Language: tamil
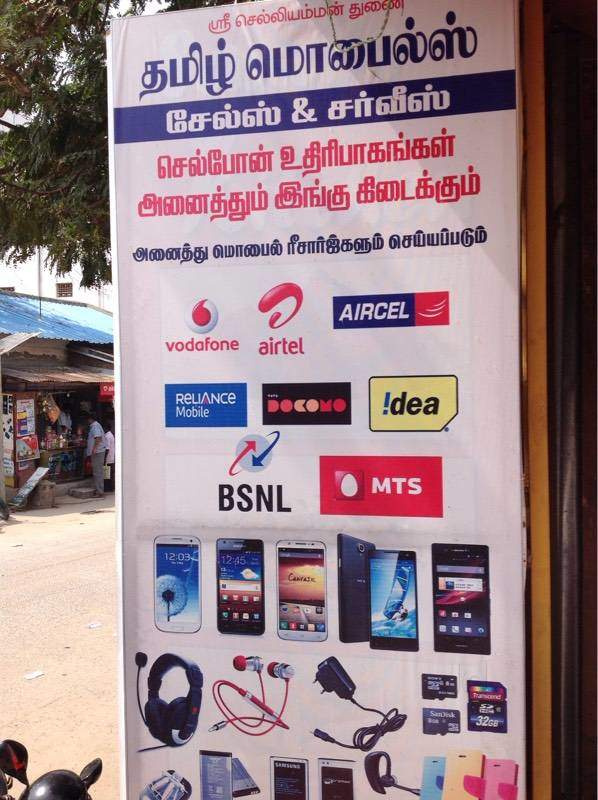
Transcription: து தமிழ் மொபைல்ஸ் சர்வீஸ் செல்போன் உதிரிபாகங்கள் அனைத்தும் இங்கு அனைத்து ரீசாா்ஜ்களும் செய்யப்படும் சேல்ஸ் கிடைக்கும் மொபைல் ஸ்ரீசெல்லியம்மன்